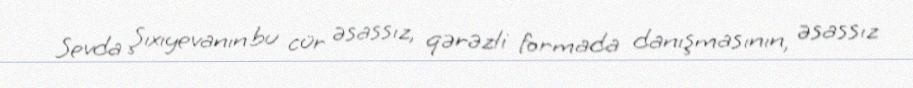
Sevda Şıxıyevanın bu cür əsassız, qərəzli formada danışmasının, əsassız